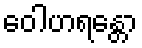
ဝေါဟရန္တော